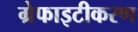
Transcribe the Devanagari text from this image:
ग्रेफाइटीकरण